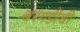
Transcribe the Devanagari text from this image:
बरगडीची